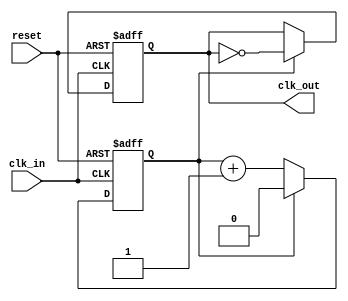
module ClockDivider #(
    parameter N = 2  // Division factor
) (
    input wire clk_in,   // Input clock signal
    input wire reset,    // Asynchronous reset signal
    output reg clk_out   // Output divided clock signal
);

    reg [$clog2(N)-1:0] counter;  // Internal counter

    // Asynchronous reset and clock division logic
    always @(posedge clk_in or posedge reset) begin
        if (reset) begin
            counter <= 0;         // Reset counter to 0
            clk_out <= 1'b0;      // Initialize output clock to low
        end else begin
            if (counter == N-1) begin
                counter <= 0;      // Reset counter
                clk_out <= ~clk_out; // Toggle output clock
            end else begin
                counter <= counter + 1; // Increment counter
            end
        end
    end

endmodule